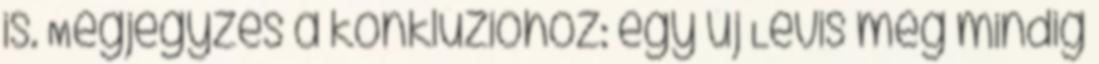
is. Megjegyzés a konklúzióhoz: egy új Levis még mindig